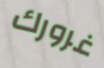
غرورك